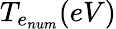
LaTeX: T_{e_{num}}(eV)